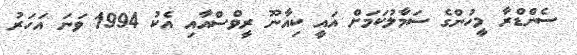
ސެންޑްރާ މީހުންގެ ސަމާލުކަމަށް އައީ ކިއާނޫ ރީވްސްއާއި އެކު 1994 ވަނަ އަހަރު